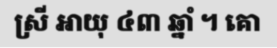
ស្រី អាយុ ៤៣ ឆ្នាំ ។ គោ